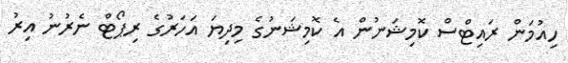
ހިއުމަން ރައިޓްސް ކޮމިޝަނުން އެ ކޮމިޝަނުގެ މިދިޔަ އަހަރުގެ ރިޕޯޓް ނެރުނު އިރު